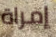
إمراة